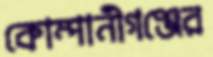
কোম্পানীগঞ্জের